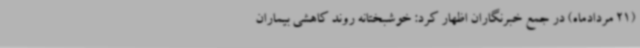
(21 مردادماه) در جمع خبرنگاران اظهار کرد: خوشبختانه روند کاهشی بیماران